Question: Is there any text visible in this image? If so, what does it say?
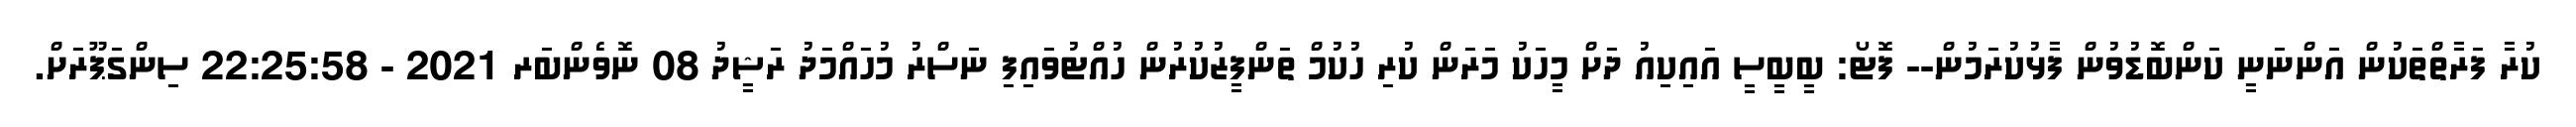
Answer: ކުރާ ފަރާތްތަކުން އަންނަނީ ކަންބޮޑުވުން ފާޅުކުރަމުން-- ފޮޓޯ: ބީބީސީ އައިކިއު ދަށް މީހަކު މަރަން ކުރި ހުކުމް ތަންފީޒުކުރުން ހުއްޓުވައިފި ނަސްރު މުހައްމަދު ރަޝީދު 08 ނޮވެންބަރ 2021 - 22:25:58 ސިންގަޕޫރަށް.